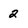
Character: 2